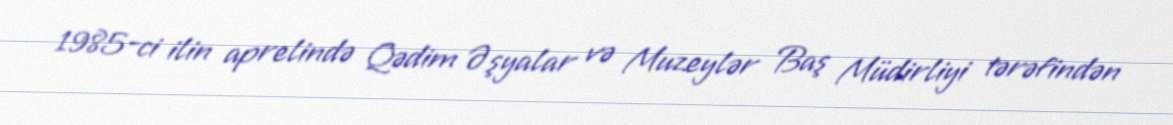
1985-ci ilin aprelində Qədim Əşyalar və Muzeylər Baş Müdirliyi tərəfindən